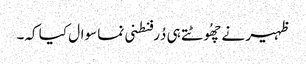
ظہیر نے چھُوٹتے ہی دُرفنطنی نما سوال کیا کہ۔